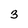
Character: 3